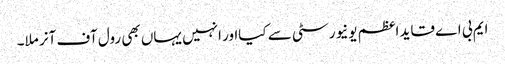
ایم بی اے قاید اعظم یونیورسٹی سے کیااور انہیں یہاں بھی رول آف آنر ملا۔